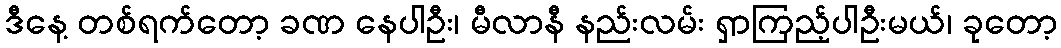
ဒီနေ့ တစ်ရက်တော့ ခဏ နေပါဦး၊ မီလာနီ နည်းလမ်း ရှာကြည့်ပါဦးမယ်၊ ခုတော့